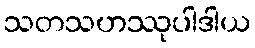
သတသဟဿုပါဒါယ